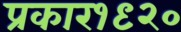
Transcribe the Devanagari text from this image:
प्रकार१९२०